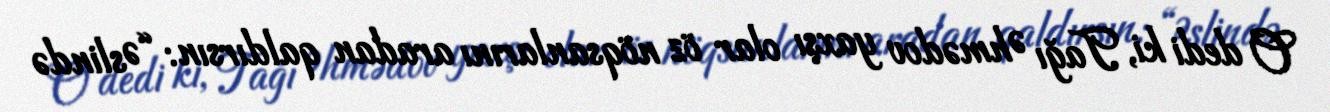
O dedi ki, Tağı Əhmədov yaxşı olar öz nöqsanlarını aradan qaldırsın: “Əslində